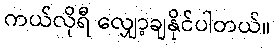
ကယ်လိုရီ လျှော့ချနိုင်ပါတယ်။